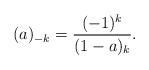
LaTeX: \begin{align*}(a)_{-k} = \frac{(-1)^{k}}{(1-a)_{k}}.\end{align*}